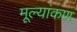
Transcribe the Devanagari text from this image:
मूल्यांकण